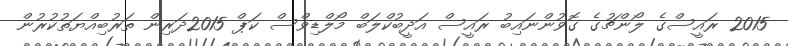
2015 ރައީސްގެ ލޯންޗުގެ ގޮވުންނައިބު ރައީސް އަދީބުކްލަބް މޯލްޑިވްސް ކަޕް 2015ދަރިން ތަރުބިއްޔަތުކުރުން